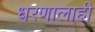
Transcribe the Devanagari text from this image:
धरणालाही